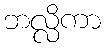
ဘလ္လိကာ